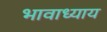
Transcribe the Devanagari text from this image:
भावाध्याय